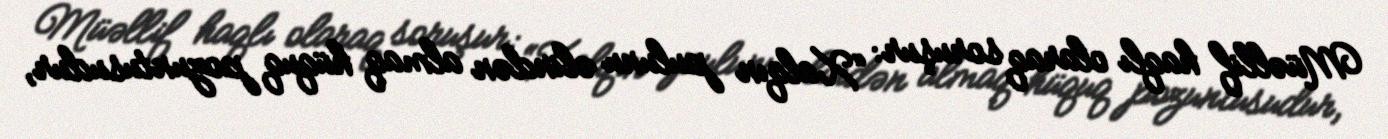
Müəllif haqlı olaraq soruşur: “Xalqın pulunu əlindən almaq hüquq pozuntusudur,